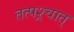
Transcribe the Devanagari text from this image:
तत्पश्र्चात्